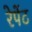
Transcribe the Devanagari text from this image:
रेपेंट